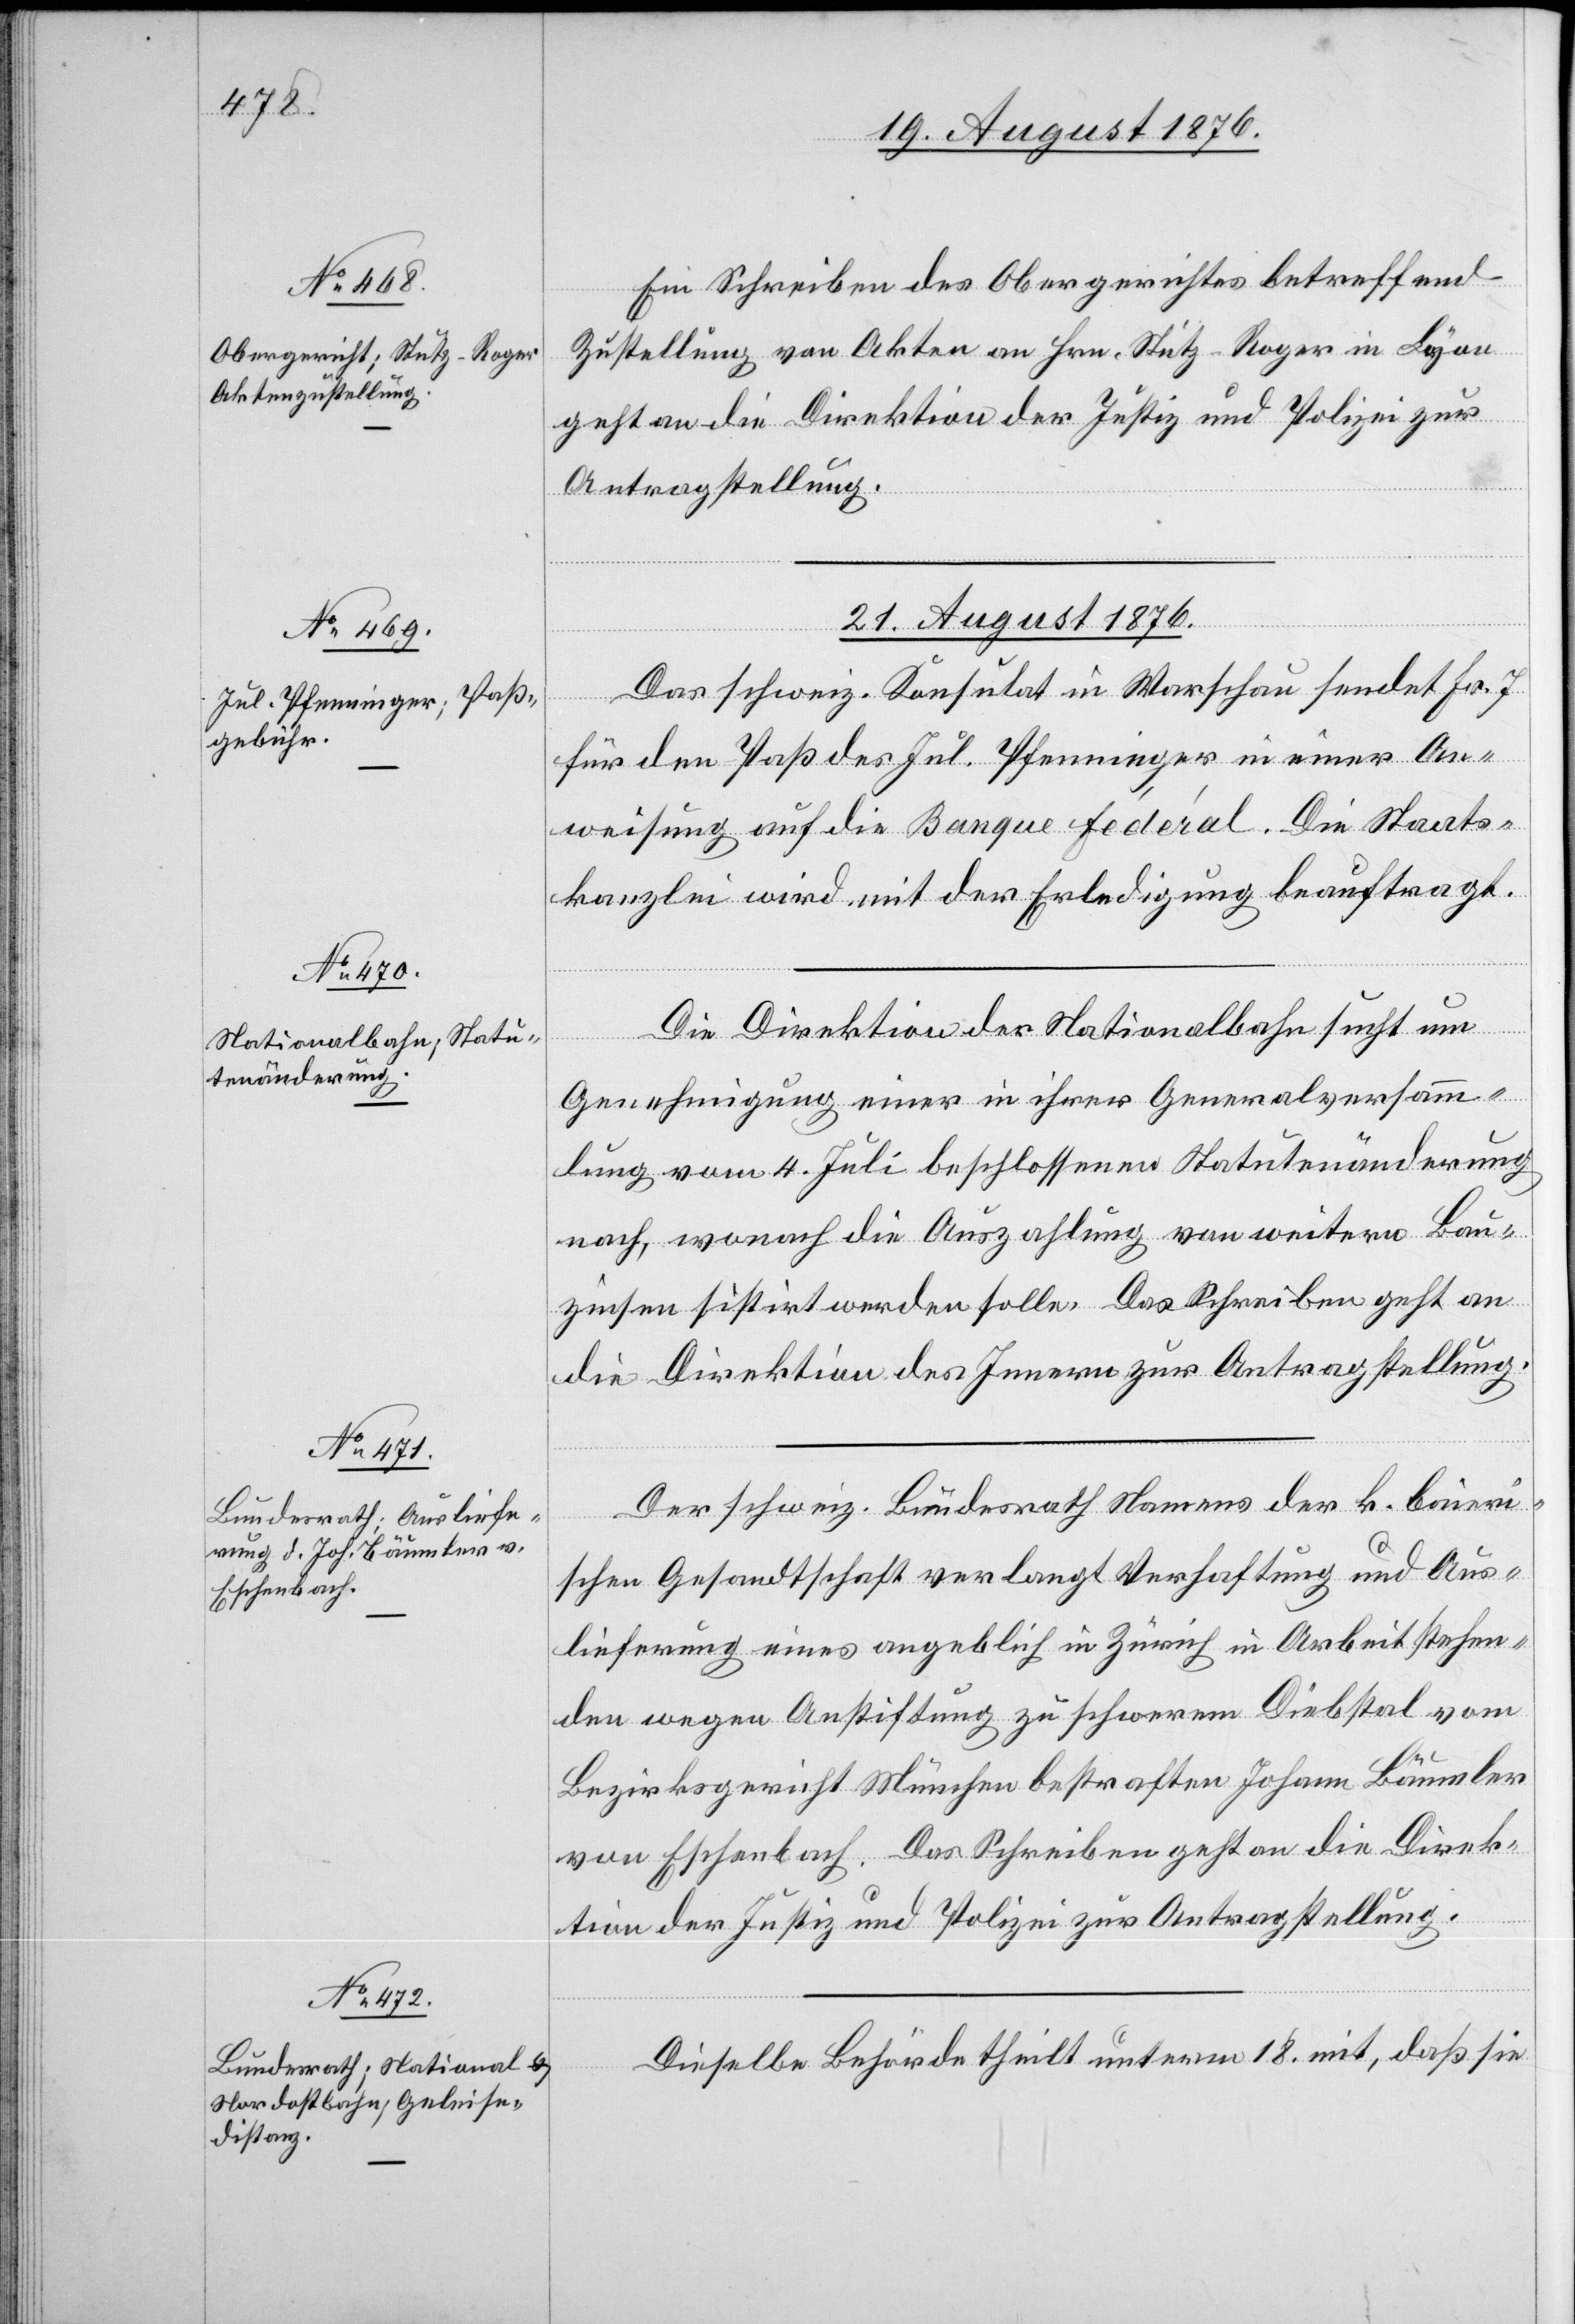
19. August 1876.]
Ein Schreiben des Obergerichtes betreffend
Zustellung von Akten an Hrn. Stutz-Roger in Lyon
geht an die Direktion der Justiz und Polizei zur
Antragstellung.
21. August 1876.]
Das schweiz. Konsulat in Warschau sendet Fr. 7
für den Paß des Jul. Pfenninger in einer An¬
weisung auf die Banque fédéral. Die Staats¬
kanzlei wird mit der Erledigung beauftragt.
Die Direktion der Nationalbahn sucht um
Genehmigung einer in ihrer Generalversamm¬
lung vom 4. Juli beschlossene Statutenänderung
nach, wonach die Auszahlung von weitern Bau¬
zinsen sistirt werden solle. Das Schreiben geht an
die Direktion des Innern zur Antragstellung.
Der schweiz. Bundesrath Namens der k. bairi¬
schen Gesandtschaft verlangt Verhaftung und Aus¬
lieferung eines angeblich in Zürich in Arbeit stehen¬
den wegen Anstiftung zu schwerem Diebstahl vom
Bezirksgericht München bestraften Johann Bäumler
von Eschenbach. Das Schreiben geht an die Direk¬
tion der Justiz und Polizei zur Antragstellung.
Dieselbe Behörde theilt unterm 18. mit, daß sie